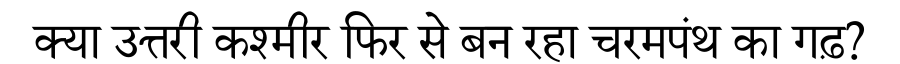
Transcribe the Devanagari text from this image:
क्या उत्तरी कश्मीर फिर से बन रहा चरमपंथ का गढ़?